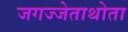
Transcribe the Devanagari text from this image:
जगज्जेताथोता